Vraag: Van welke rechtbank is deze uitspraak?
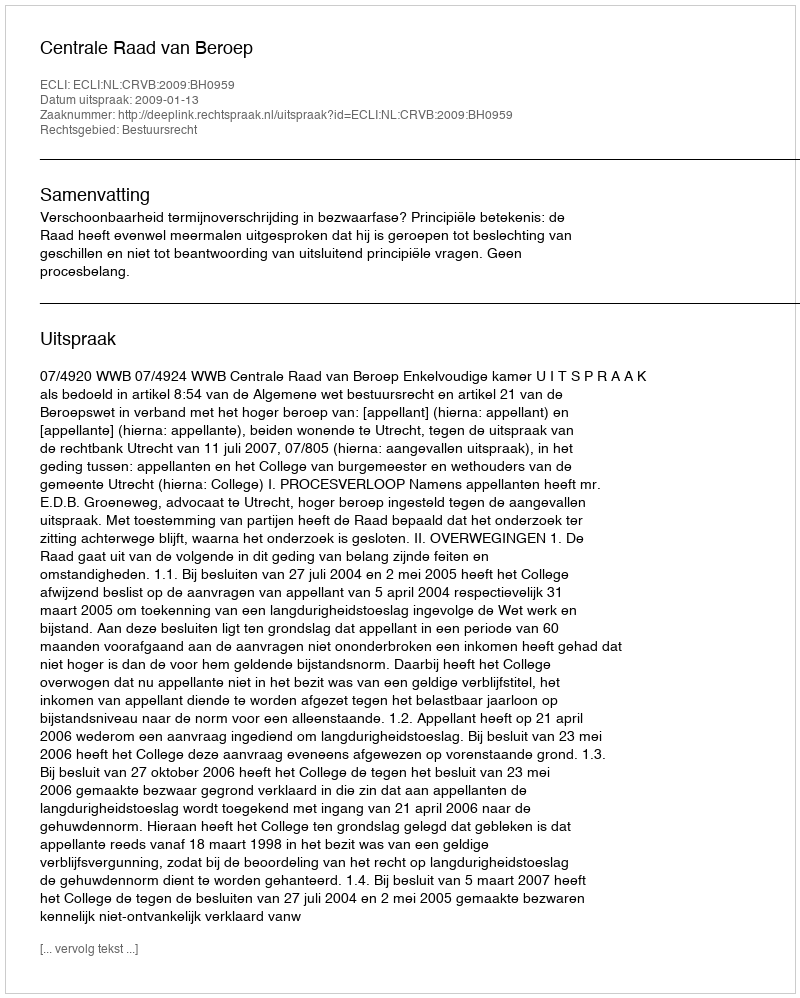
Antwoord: Centrale Raad van Beroep